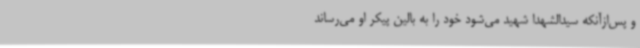
و پس‌ازآنکه سیدالشهدا شهید می‌شود خود را به بالین پیکر او می‌رساند